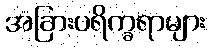
အခြားပရိက္ခရာများ